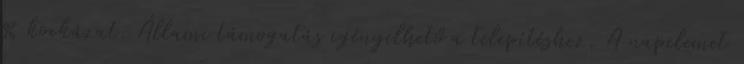
% kockázat. Állami támogatás igényelhető a telepítéshez. A napelemet